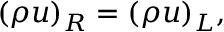
( \rho u ) _ { R } = ( \rho u ) _ { L } ,